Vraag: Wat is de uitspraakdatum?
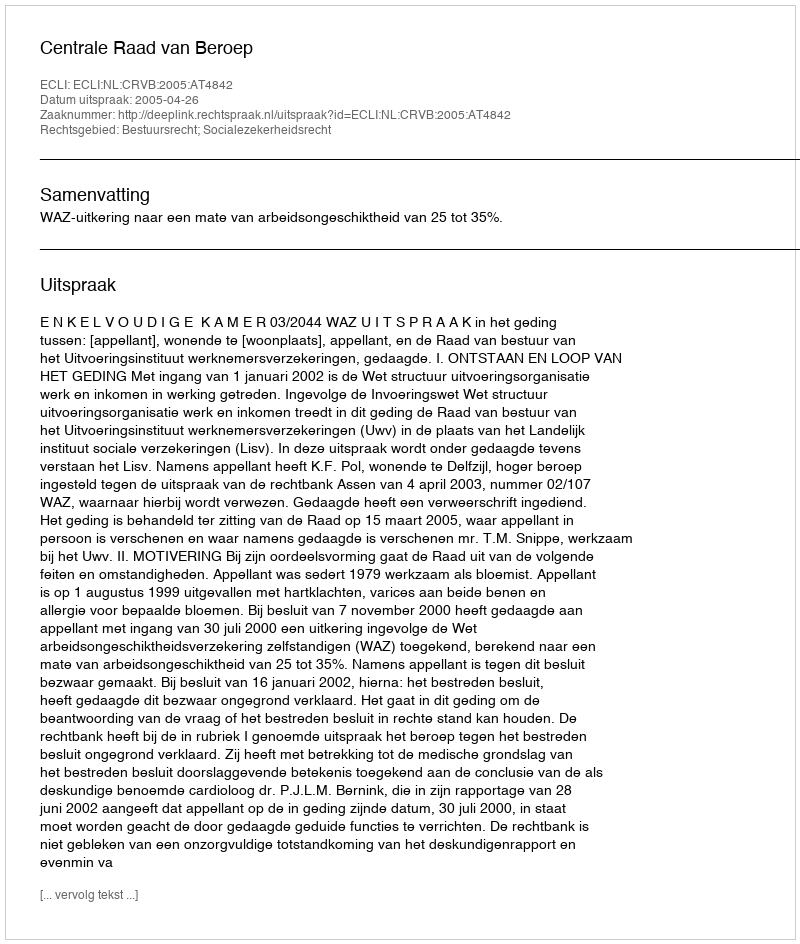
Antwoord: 2005-04-26